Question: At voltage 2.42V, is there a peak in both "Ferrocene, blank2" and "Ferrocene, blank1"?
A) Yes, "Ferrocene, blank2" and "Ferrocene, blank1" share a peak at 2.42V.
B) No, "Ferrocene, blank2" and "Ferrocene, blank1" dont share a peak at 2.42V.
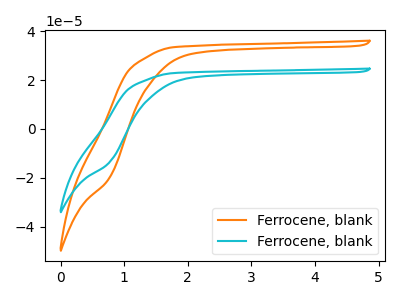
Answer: <think>The orange curve "Ferrocene, blank1" has no peaks. The cyan curve "Ferrocene, blank2" has no peaks.</think>
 <answer>B) No, "Ferrocene, blank2" and "Ferrocene, blank1" dont share a peak at 2.42V.</answer>
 <eval>B</eval>